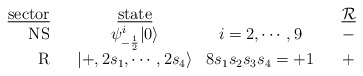
\begin{align*}\begin{array}{r c c c c c}\mbox{\underline{sector}}&{}&\mbox{\underline{state}}&{}&{}&\mbox{\underline{${\cal R}$}}\\\mbox{NS}&{}&\psi^i_{-{1\over 2}}|0\rangle&i=2,\cdots,9&{}&-\\\mbox{R}&{}&|+,2s_1,\cdots,2s_4\rangle&8s_1s_2s_3s_4=+1&{}&+\\\end{array}\end{align*}